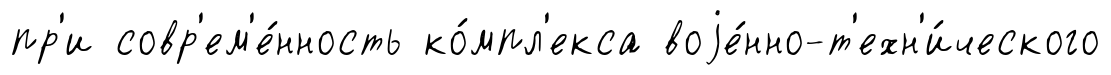
пр'и совр'ем'е́нность ко́мпл'екса воjе́нно-т'ехн'и́ческого